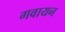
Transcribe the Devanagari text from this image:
गवायन